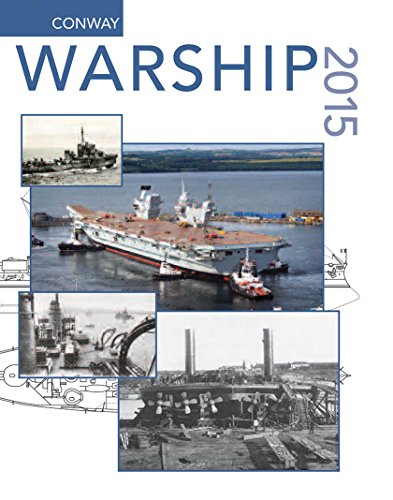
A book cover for Warship 2015 (Warship (Conway Maritime Press)); History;